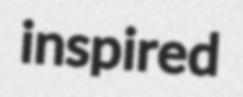
inspired